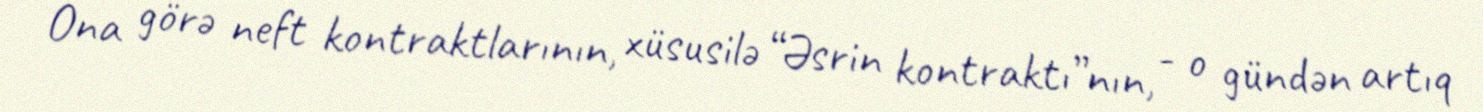
Ona görə neft kontraktlarının, xüsusilə “Əsrin kontraktı”nın, - o gündən artıq